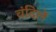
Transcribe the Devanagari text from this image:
वंदिलें